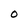
Character: 0